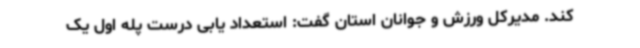
کند. مدیرکل ورزش و جوانان استان گفت: استعداد یابی درست پله اول یک